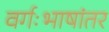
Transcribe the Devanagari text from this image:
वर्गःभाषांतर